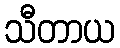
သီတာယ